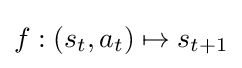
f:(s_{t},a_{t})\mapsto s_{t+1}